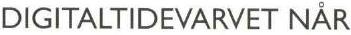
DIGITALTIDEVARVET NÅR